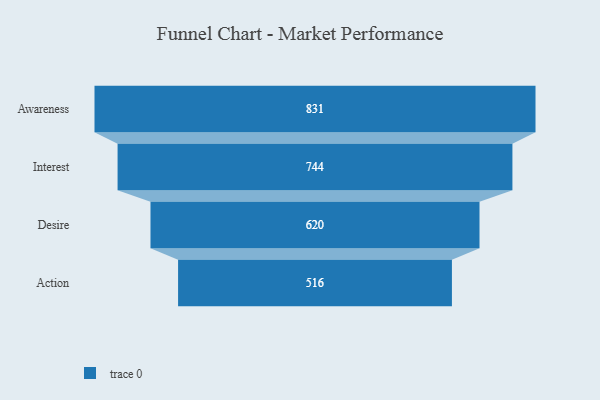
{"axis": {"x": "Stage", "y": "Value"}, "legend": [""], "data": [{"x": "Awareness", "y": 831.0, "type": ""}, {"x": "Interest", "y": 744.0, "type": ""}, {"x": "Desire", "y": 620.0, "type": ""}, {"x": "Action", "y": 516.0, "type": ""}]}